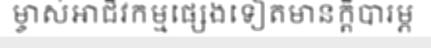
ម្ចាស់អាជីវកម្មផ្សេងទៀតមានក្តីបារម្ភ